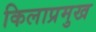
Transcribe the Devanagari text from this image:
किलाप्रमुख